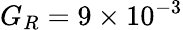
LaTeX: G_{R}=9\times 10^{-3}